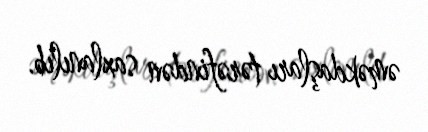
əməkdaşları tərəfindən saxlanılıb.